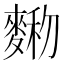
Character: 𪍆